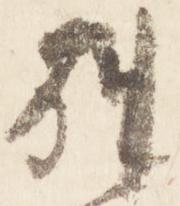
別